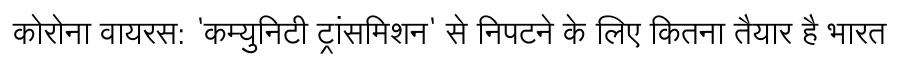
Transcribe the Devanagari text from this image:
कोरोना वायरस: 'कम्युनिटी ट्रांसमिशन' से निपटने के लिए कितना तैयार है भारत